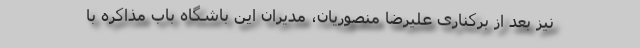
نیز بعد از برکناری علیرضا منصوریان، مدیران این باشگاه باب مذاکره با